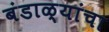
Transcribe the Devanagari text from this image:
बंडाळ्यांचा